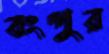
বংপুর